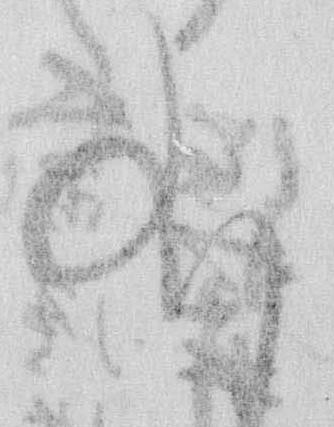
給